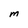
Character: M